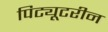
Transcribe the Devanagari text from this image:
पिट्यूटरीन